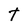
Character: T